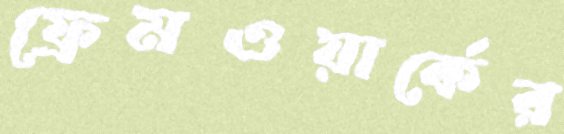
ফ্রেমওয়ার্কের